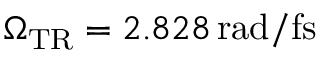
\Omega _ { \mathrm { { T R } } } = 2 . 8 2 8 \, \mathrm { r a d / f s }